Report on plague and inoculation in the Punjab from October 1st ... to September 30th..., being the ... season of plague in the province
Disease focus: Plague
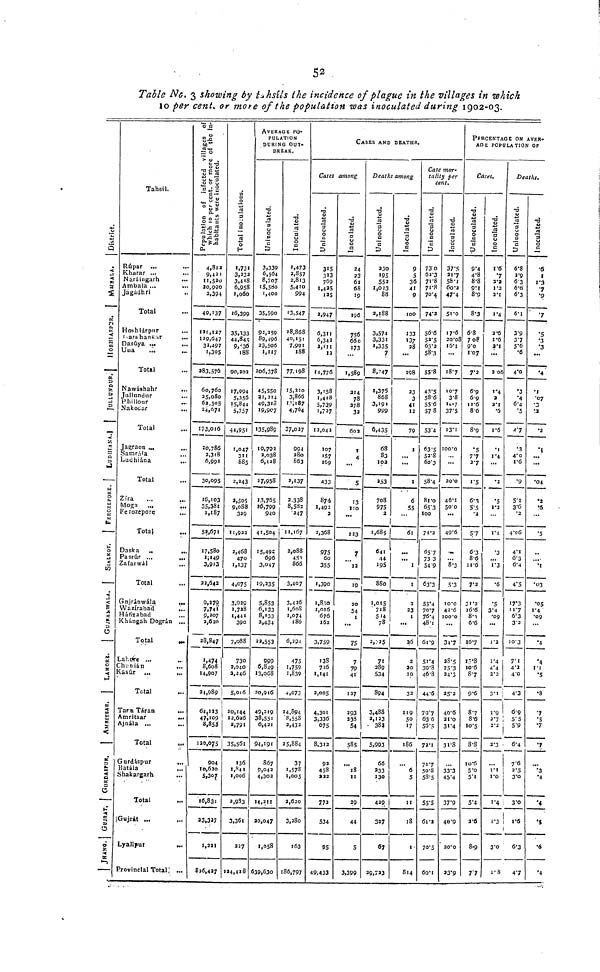
52
Table No. 3 showing by tahsils the incidence of plague in the villages in which
10 per cent. or more of the Population was inoculated during 1902-03.
District
MMABALA
Hosshiarpur
JULLUNDUR
LUDHIANA
Ferozepore
SIALKOT
GUJARAWALA
LAHORE
AMIRSTAR
GURUDASPUR
GUJRAT
JHANG
Tahsil.
Rúpar ...
Kharar ... ...
Narángarh ...
Ambala ...
...
Jagáhri ...
Total
Hoshiárpur
Garshankar
...
Dasuya ... ...
Una
...
Total
Nawáshahr
...
Jullundur
Phillour
Nakoaar
Total
Jagraon
..
..
Samrála
Ludhidna
...
Total
Zira ... ...
Moga
...
Ferozepore
Total
...
Daska ..
...
Pasrúr ...
...
Zafarwal ...
Total
Gujrinwäla
...
Wazirabad
...
Háfizabas
Khángah Dogrin ...
Total
...
Lahore ...
Chanián
...
kas
...
Total
TarnTáran
...
Amritsar
...
Ajnála ...
Total
Gurdáspur
...
Shakargarh
...
Total
Gujrat ...
Lyallput
...
Provinclal Total ...
popilation of infected villeges of which to per cent or more of the inhabitant were included
4,812
9.421
11,520
20,990
2,394
49,137
121,127
129,647
31.497
1.305
283,576
60,760
25,080
62, 505
24,671
173,016
20,786
2,318
6,991
30,095
16,103
35,381
1,187
52,671
17,580
1,149
3,913
22,642
9,279
7,741
9,207
2,620
28,847
1.474
8,608
14,907
24,989
64,113
47,109
8,853
120,075
904
10,620
5.307
16,831
33,327
1,221
826,427
Total Inoulations
1.731
3,232
3.4'8
6,958
1,060
16,399
35,333
44,845
9,13636
188
90,202
17.994
5,356
15 844
5.757
44,951
1,017
311
885
2,243
2,505
9988
329
11,922
2,468
470
1,137
4,075
3,929
1,728
1,441
390
7,088
730
2,040
2,246
5,016
20,144
12,626
2,791
35,56l
136
1,006
2,933
3,36l
227
224,428
AVERAGE PU-
PULATION
DURING OUT-
BREAK,
Uninoculated
3,339
6,564
8,707
15,580
1,400
35,590
92,359
89,496
23,506
1,117
206,378
45,550
21,314
49,3l8
19,907
135,989
10,793
2,038
6,128
27,958
13,765
36,799
940
41,504
15,492
696
3,047
19,235
5,853
6,133
8,133
2,434
22,553
999
6,849
13,068
20,916
49,219
38,551
6,421
94,191
867
0,042
4,302
14,311
30,047
1,058
639,630
inoculated
1,473
2,857
2,813
5,410
994
•3,547
28,868
40,151
7,991
188
77,198'
15,210
3,866
<w>
4,704
37,027
994
280
863
2,137
2.338
8,582
247
11,167
2,088
453
866
3,407
3,426
1,608
186
6,294
475
1,759
1,839
4,073
14,894
8,558
2,432
25,884
37
1,578
1,005
3,620
3,280
163
186,797
CASES AND DEATHS.
Cases among
Uninoculated
315
313
769
1,425
125
3,947
6,311
6,34 2
2,111
12
14,776
3,158
1,4l8
5,720 1,727
12,042
107
157
169
433
874
1,492
3
2,368
975
60
355
1,390
1,830
1,016
676
162
3,759
13S
726
1,141
2,005
4,301
3,336
675
8,312
92
458
222
772
534
95
49,433
inoculated
24
62
68
19
196
756
660
1,589
214
78
32
602
5
123
7
12
19
20
54
1
75
7
79
41
127
29.3
238
54
585
18
11
29
44
5
3,399
Deaths among
Uninoculated
230
105
552
1,023
88
3,188
3,574
3,331
1,335
7
8,247
1,375
868
999
6.435
68
83
102
353
708
975
2
1,68 9
641
44
195
880
1,015
718
514
78
2,325
71
289
534
894
<w>
3,488
2,123
380
5,993
66
333
130
429
327
67
39,723
inoculated
g
36
41
9
100
:33
137
28
298
23
3
12
79
I
1
6
55
61
...
1
1
2
23
1
26
2
20
10
32
119
50
17
186
6
5
11
18
1
814
Case mor-
tality per
cent.
Uninoculated
73 0
62'3
71.8
71.8
70.4.
74.2
56.6
52.5
63.2
58.3
55.8
43.5
58.6
57 8
53.
63.S
52.8
58.4
81.0
65.3
100
71.2
65.7
73 3
54.9
63.3
55.4
70.7
76.4
48.1
61 .9
5.4
39.8
46.8
44.6
79.7
63 6
56.5
72.1
717
50.8
58.5
55.5
61.2
70.5
60.1
inoculated
37.5
21.7
56.1
60.2
47.4
51.0
17.6
20.0i
16.I
18.7
10.7
3.8
16.7
37.5
13.1
100.0
20.0
46.I
50.0
49.6
8.3
5.3
10.0
42.6
100.0
34.7
28.5
25.3
34.3
25.2
40'6
21.0
31.4
31.8
33.3
45.4
37.9
40.9
20.0
23.9
PERCENTAGE
ON AVER-
AGE POPULATION OF
Cases.
Uninoculated
9.4
4.8
8.8
9.1
8.9
8.3
6.8
708
9.0
1.07
7.2
6.9
6.9
86
8.9
•5
7.7
2.7
1.5
6.3
5.5
2
57
6.3
8.6
11.6
7.2
31.2
16.6
8.3
6.6
16.7
12.8
10.6
8.7
9.6
8.7
8.6
10.5
8.8
10.6
5'o
5.1
5.4
2.6
8.9
77
inoculated
1.6
2.2
1.2
2.1
1.4
2.6
1.6
2.1
2 06
1.4
2
•6
1.6
.1
1.4
"2
•5
1'2
.3
l.3
•6
5
3.4
.09
1'2
1.4
4.4
2.2
3.1
1.9
2.7
2.2
2.3
1.1
1.0
1.4
1.3
3.0
1.8
Deaths.
Uninoculated
6.8
2.0
6 3
6.6
6.3
6.1
3.9
37
5.6
•6
4.0
.3
•4
6.4
.5
4.7
.3
4.0
1.6
•9
5.1
3.6
4.06
4.1
6.3
6.4
4.5
I7.3
.7
6.3
3.2
10.3
7.1
4.2
4.0
4.3
6.9
5.5
5.9
6.4
7.6
2.5
3.0
3.0
1.6
6.3
47
inoculated
•5
.9
'7
•5
.3
'3
•4
•I
.07
•2
.1
•04
•2
•6
•5
•1
•03
•05
l.4
•09
.4
'4
1.1
.5
.8
.7
.5
7
7
.3
.4
.4
...
•6
.4